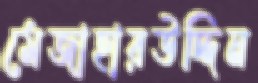
মেজাহারউদ্দিন